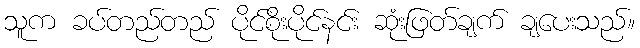
သူက ခပ်တည်တည် ပိုင်စိုးပိုင်နင်း ဆုံးဖြတ်ချက် ချပေးသည်။